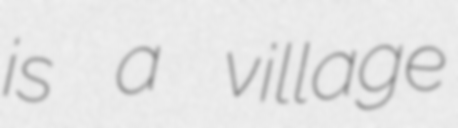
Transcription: is a village